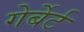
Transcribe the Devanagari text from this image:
गेर्बेर्ट